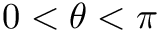
0 < \theta < \pi